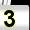
Digit: 3